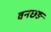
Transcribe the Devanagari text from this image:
वनछङ